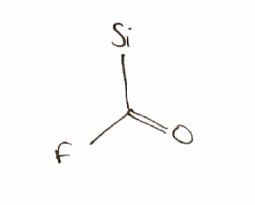
Simplified molecular-input line-entry system (SMILES) notation of the given molecule:
C(=O)(F)[Si]